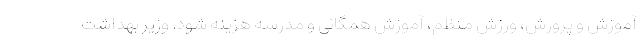
آموزش و پرورش، ورزش منظم، آموزش همگانی و مدرسه هزینه شود. وزیر بهداشت